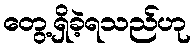
တွေ့ရှိခဲ့ရသည်ဟု